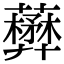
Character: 𧃺